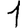
Digit: 1